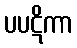
ပပဋိကာ